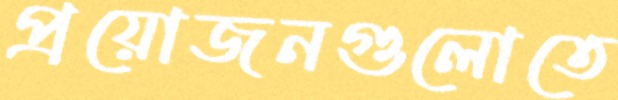
প্রয়োজনগুলোতে